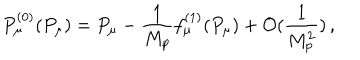
LaTeX: P _ { \mu } ^ { ( 0 ) } ( P _ { \mu } ) = P _ { \mu } - \frac { 1 } { M _ { p } } f _ { \mu } ^ { ( 1 ) } ( P _ { \mu } ) + { \cal O } ( \frac { 1 } { M _ { p } ^ { 2 } } ) \, ,